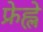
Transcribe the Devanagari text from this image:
फ्रेह्ले